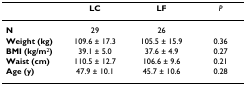
|  | LC | LF | P |
 | --- | --- | --- | --- |
 | N | 29 | 26 |  |
 | Weight (kg) | 109.6 ± 17.3 | 105.5 ± 15.9 | 0.36 |
 | BMI (kg/m2) | 39.1 ± 5.0 | 37.6 ± 4.9 | 0.27 |
 | Waist (cm) | 110.5 ± 12.7 | 106.6 ± 9.6 | 0.21 |
 | Age (y) | 47.9 ± 10.1 | 45.7 ± 10.6 | 0.28 |